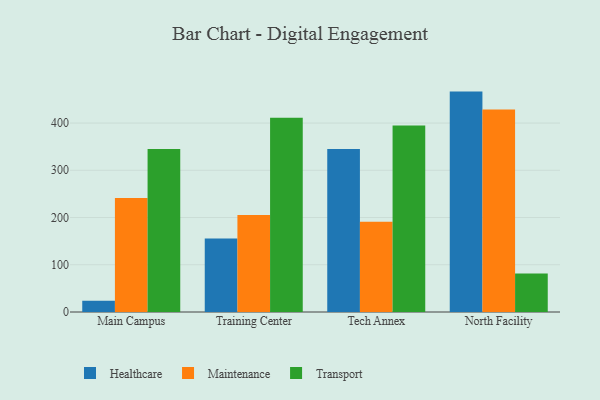
{"axis": {"x": "Campus", "y": "Net Income (USD K)"}, "legend": ["Healthcare", "Maintenance", "Transport"], "data": [{"x": "Main Campus", "y": 23.7, "type": "Healthcare"}, {"x": "Main Campus", "y": 241.2, "type": "Maintenance"}, {"x": "Main Campus", "y": 345.0, "type": "Transport"}, {"x": "Training Center", "y": 155.4, "type": "Healthcare"}, {"x": "Training Center", "y": 205.6, "type": "Maintenance"}, {"x": "Training Center", "y": 411.2, "type": "Transport"}, {"x": "Tech Annex", "y": 344.9, "type": "Healthcare"}, {"x": "Tech Annex", "y": 191.2, "type": "Maintenance"}, {"x": "Tech Annex", "y": 395.0, "type": "Transport"}, {"x": "North Facility", "y": 466.6, "type": "Healthcare"}, {"x": "North Facility", "y": 428.5, "type": "Maintenance"}, {"x": "North Facility", "y": 81.6, "type": "Transport"}]}